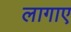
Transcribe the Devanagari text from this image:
लागाए